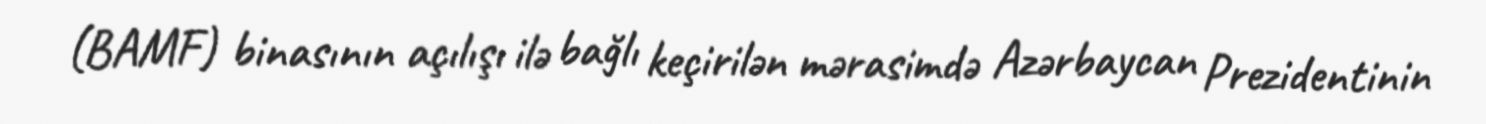
(BAMF) binasının açılışı ilə bağlı keçirilən mərasimdə Azərbaycan Prezidentinin